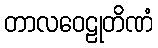
တာလဝေဠုတိဏံ